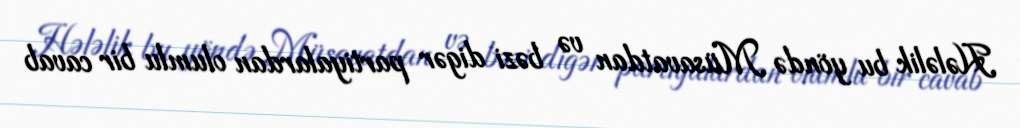
Hələlik bu yöndə Müsavatdan və bəzi digər partiyalardan olumlu bir cavab